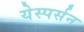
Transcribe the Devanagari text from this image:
येस्पर्सन